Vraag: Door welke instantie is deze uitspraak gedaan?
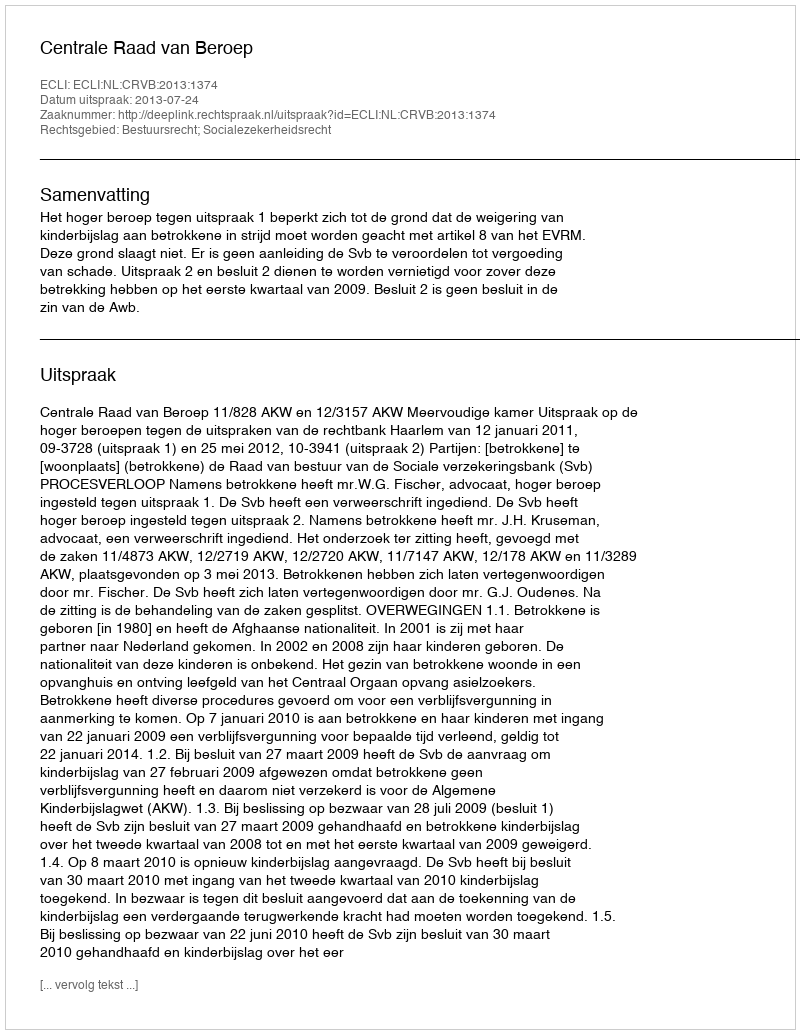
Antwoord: Centrale Raad van Beroep